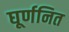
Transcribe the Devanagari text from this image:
घूर्णनित